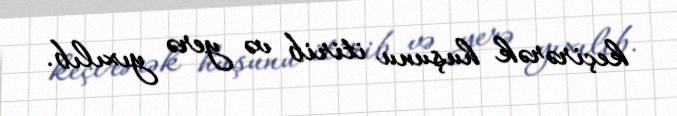
keçirərək huşunu itirib və yerə yıxılıb.